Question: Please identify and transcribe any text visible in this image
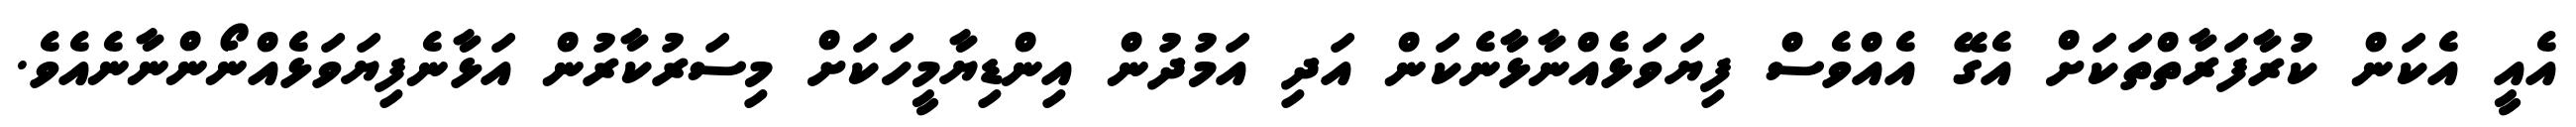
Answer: އެއީ އެކަން ކުރާފަރާތްތަކަށް އެގޭ އެއްވެސް ފިޔަވަޅެއްނާޅާނެކަން އަދި އަމުދުން އިންޑިޔާމީހަކަށް މިސަރުކާރުން އަޅާނެފިޔަވަޅެއްނޯންނާނެއެވެ.